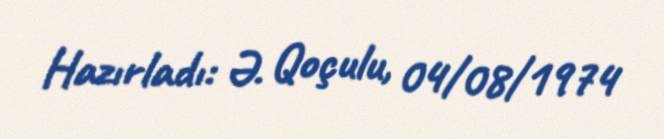
Hazırladı: Ə. Qoçulu, 04/08/1974